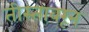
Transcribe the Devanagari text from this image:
तीस्तावरून